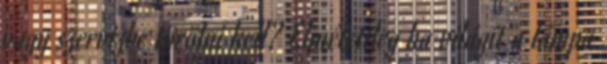
vagy szervizbe törölni kell? Elméletileg ha világít a lámpa